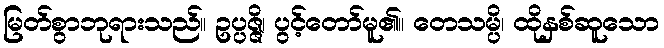
မြတ်စွာဘုရားသည်။ ဥပ္ပဇ္ဇိ၊ ပွင့်တော်မူ၏။ တေသမ္ပိ၊ ထိုနှစ်ဆူသော